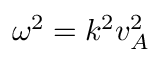
\omega ^ { 2 } = k ^ { 2 } v _ { A } ^ { 2 }